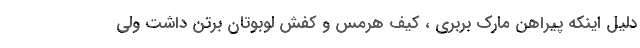
دلیل اینکه پیراهن مارک بربری ، کیف هرمس و کفش لوبوتان برتن داشت ولی